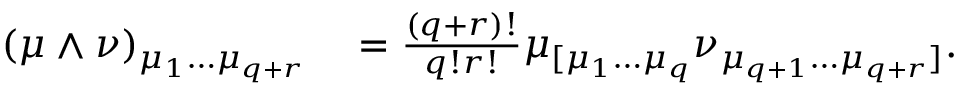
\begin{array} { r l } { ( \mu \wedge \nu ) _ { \mu _ { 1 } \ldots \mu _ { q + r } } } & { { } = \frac { ( q + r ) ! } { q ! r ! } \mu _ { [ \mu _ { 1 } \ldots \mu _ { q } } \nu _ { \mu _ { q + 1 } \ldots \mu _ { q + r } ] } . } \end{array}